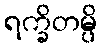
ရက္ခိတမ္ပိ